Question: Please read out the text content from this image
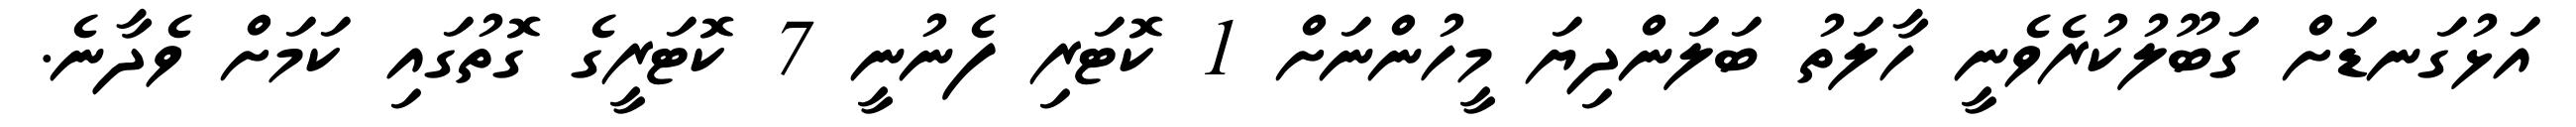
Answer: އަޅުގަނޑަށް ގަބޫލުކުރެވެނީ ހާލަތު ބަލަންދިޔަ މީހުންނަށް 1 ކޮޓަރި ފެނުނީ 7 ކޮޓަރީގެ ގޮތުގައި ކަމަށް ވެދާނެ.